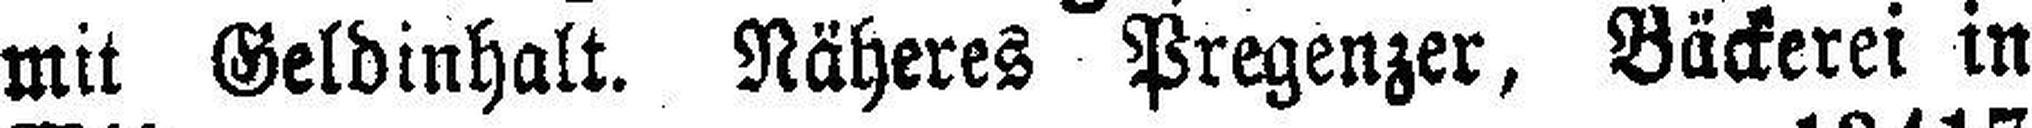
mit Geldinhalt. Näheres Pregenzer, Bäckerei in